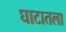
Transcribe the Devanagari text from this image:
घाटातला